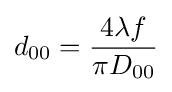
d_{00}={4\lambda f \over \pi D_{00}}